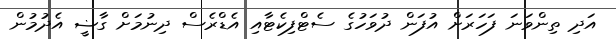
އަދި ތިންވަނަ ފަހަރަށް އުފަން ދުވަހުގެ ސެޓްފިކެޓާއި އެޑްރެސް ދިނުމަށް ގާޟީ އެދުމުން